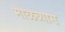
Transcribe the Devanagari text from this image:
माळव्यास